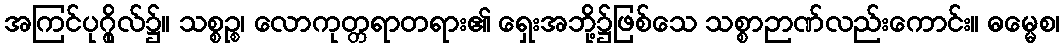
အကြင်ပုဂ္ဂိုလ်၌။ သစ္စဉ္စ၊ လောကုတ္တရာတရား၏ ရှေးအဘို့၌ဖြစ်သေ သစ္စာဉာဏ်လည်းကောင်း။ ဓမ္မေစ၊